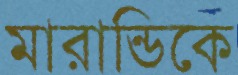
মারান্ডিকে